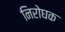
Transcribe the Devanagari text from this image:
निरोघक